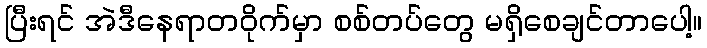
ပြီးရင် အဲဒီနေရာတဝိုက်မှာ စစ်တပ်တွေ မရှိစေချင်တာပေါ့။